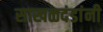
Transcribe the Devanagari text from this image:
साखळदंडांनी